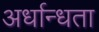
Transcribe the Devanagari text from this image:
अर्धान्धता